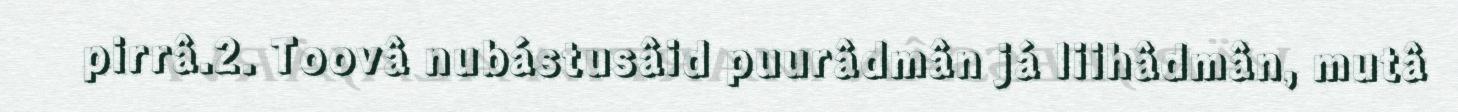
pirrâ.2. Toovâ nubástusâid puurâdmân já liihâdmân, mutâ